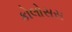
કોલોસસ